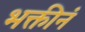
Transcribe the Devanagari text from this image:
भक्तीनं